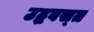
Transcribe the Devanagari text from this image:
उद्धवस्‍त